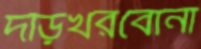
দড়িখরবোনা